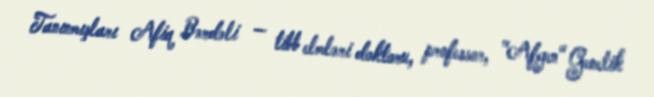
Tanınmışları Afiq Bərdəli — tibb elmləri doktoru, professor, "Afgen" Genetik